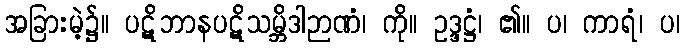
အခြားမဲ့၌။ ပဋိဘာနပဋိသမ္ဘိဒါဉာဏံ၊ ကို။ ဥဒ္ဒဋ္ဌံ၊ ၏။ ပ၊ ကာရံ၊ ပ၊